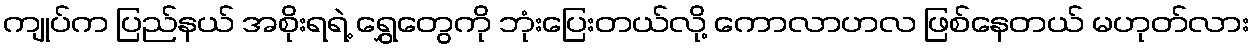
ကျုပ်က ပြည်နယ် အစိုးရရဲ့ ရွှေတွေကို ဘုံးပြေးတယ်လို့ ကောလာဟလ ဖြစ်နေတယ် မဟုတ်လား